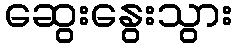
ဆွေးနွေးသွား